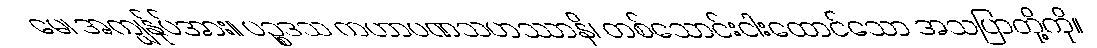
မေ၊ အကျွန်ုပ်အား။ ပဉ္စဒသ ကဟာပဏသဟဿာနိ၊ တစ်သောင်းငါးထောင်သော အသပြာတို့ကို။